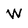
Character: W